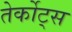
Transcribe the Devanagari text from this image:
तेर्कोट्स